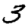
Digit: 3